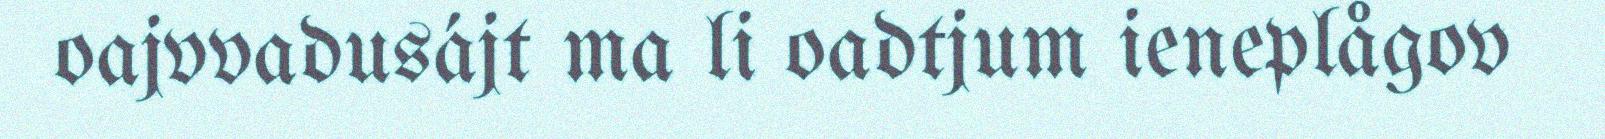
oajvvadusájt ma li oadtjum ieneplågov